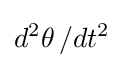
d^{2}\theta \,/dt^{2}